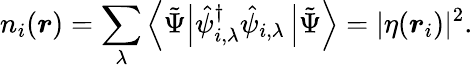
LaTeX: n_{i}(\boldsymbol{r})=\sum_{\lambda}\left\langle\tilde{\Psi}\right|\hat{\psi}_{i,\lambda}^{\dagger}\hat{\psi}_{i,\lambda}\left|\tilde{\Psi}\right\rangle=|\eta(\boldsymbol{r}_{i})|^{2}.